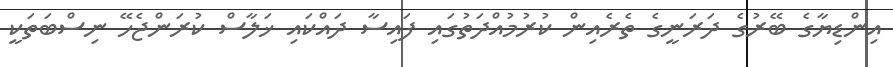
އިންޑިޔާގެ ބޭރުގެ ދަރަނީގެ ތެރެއިން ކުރުމުއްދަތުގައި ފައިސާ ދައްކައި ޚަލާސް ކުރަންޖެހޭ ނިސްބަތަކީ